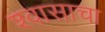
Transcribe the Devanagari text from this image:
श्वासाचा